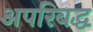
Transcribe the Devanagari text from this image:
अपरिबद्ध